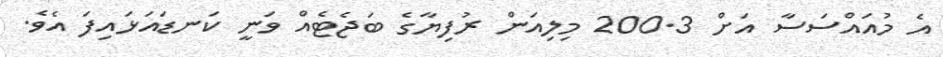
އެ މުއައްސަސާ އަށް 200.3 މިލިއަން ރުފިޔާގެ ބަޖެޓެއް ވަނީ ކަނޑައަޅައިފަ އެވެ.